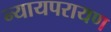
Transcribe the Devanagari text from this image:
न्यायपरायण